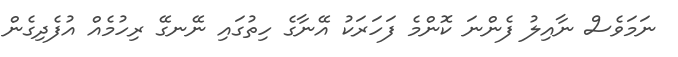
ނަމަވެސް ނާއިލު ފެންނަ ކޮންމެ ފަހަރަކު އޭނާގެ ހިތުގައި ނޭނގޭ ރިހުމެއް އުފެދިގެން